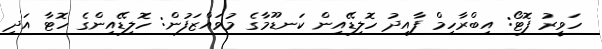
ހަވީރު ފޮޓޯ: އިބްރާހިމް ފާއިދު ހޮލިޑޭއިން ކަނޑޫމާގެ މުވައްޒަފުން: ހޮލިޑޭއިންގެ ހޮޓާ އަދި